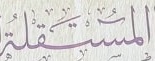
المستقلة